Annual statistical returns and brief notes on vaccination in Bengal - 1887-1898
Year: 1887
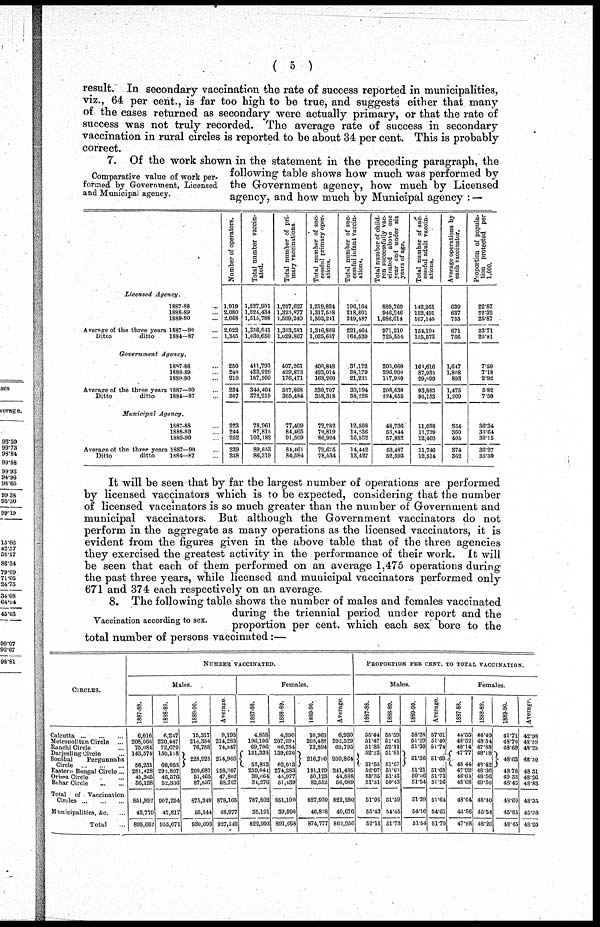
( 5 )
result. In secondary vaccination the rate of success reported in municipalities,
viz., 64 per cent., is far too high to be true, and suggests either that many
of the cases returned as secondary were actually primary, or that the rate of
success was not truly recorded. The average rate of success in secondary
vaccination in rural circles is reported to be about 34 per cent. This is probably
correct.
Comparative value of work per-
formed by Government, Licensed
and Municipal agency.
7. Of the work shown in the statement in the preceding paragraph, the
following table shows how much was performed by
the Government agency, how much by Licensed
agency, and how much by Municipal agency : —
Licensed
Agency.
1887-88 ...
1888-89 ...
1889-90 ...
Average of the three years 1887—90 ...
Ditto
ditto
1884—87 ...
Government
Agency.
1887-88 ...
1888-89 ...
1889-90 ...
Average of the three years 1887—90 ...
Ditto
ditto
1884—87
...
Municipal
Agency.
1887-88 ...
1888-89 ...
1889-90
Average of the three years 1887—90 ...
Ditto
ditto
1884—87 ...
Number of operators.
1,919
2,080
2,068
2,022
1,345
250
240
210
284
307
223
244
252
239
238
Total number vaccin-
ated.
1,227,901
1,324,434
1,515,788
1,356,041
1,030,650
411,793
433,920
187,500
344,404
372,219
78,961
87,815
102,182
89,653
86,319
Total number of pri-
mary vaccinations.
1,227,627
1,323,877
1,509,240
1,353,581
1,029,867
407,261
429,873
176,471
337,868
365,494
77,409
84,465
91,509
84,461
84,584
Total number of suc-
cessful primary oper-
ations.
1,219,824
1,317,538
1,503,241
1,346,868
1,025,657
400,848
423,014
168,260
330,707
358,318
72,282
79,819
86,924
79,675
78,534
Total number of suc-
cessful infant vaccin-
ation)*.
196,104
218,801
249,487
221,464
164,530
31,172
38,179
21,231
30,194
38,226
12,508
14,236
16,582
14,442
13,427
Total number of child-
ren successfully vac-
cinated above one
year and under six
years of age.
880,769
946,246
1,086,614
971,210
725,554
205,060
296,900
117,930
206,630
224,655
48,736
53,844
57,882
53,487
52,593
Total number of suc-
cessful adult vaccin-
ations.
142,951
152,491
167,140
154,194
135,573
164,616
87,935
29,099
93,883
95,153
11,038
11,739
12,460
11,746
12,514
Average operations by
each vaccinator.
639
637
733
671
766
1,647
1,808
893
1,475
1,209
354
360
405
374
362
Proportion of popula¬
tion protected per
1,000.
22.87
22.32
25.87
23.71
20.81
7.50
7.18
2.92
5.82
7.50
36.34
33.64
30.15
36.27
33.30
It will be seen that by far the largest number of operations are performed
by licensed vaccinators which is to be expected, considering that the number
of licensed vaccinators is so much greater than the number of Government and
municipal vaccinators. But although the Government vaccinators do not
perform in the aggregate as many operations as the licensed vaccinators, it is
evident from the figures given in the above table that of the three agencies
they exercised the greatest activity in the performance of their work. It will
be seen that each of them performed on an average 1,475 operations during
the past three years, while licensed and municipal vaccinators performed only
671 and 374 each respectively on an average.
Vaccination according to sex.
8. The following table shows the number of males and females vaccinated
during the triennial period under report and the
proportion per cent. which each sex bore to the
total number of persons vaccinated:—
CIRCLES.
Calcutta
...
...
...
Metropolitan Circle ...
Ranchi Circle ...
Darjeeling Circle ...
Sonthal
Pergunnahs
Circle
...
...
...
Eastern Bengal Circle...
Orissa Circle ... ...
Behar Circle
...
...
Total
of Vaccination
Circles
Municipalities, &c.
Total
NUMBER VACCINATED.
Males.
1887-88.
6,016
208,066
75,084
143,574
56,231
281,428
45,365
36,128
851,892
43,770
895,662
1838-89.
6,247
220,447
72,670
150,118
66,053
292,807
46,576
52,336
907,254
47,817
955,071
1889-90.
15,317
214,334
76,788
228,921
200,687
51,465
87,837
875,349
55,344
930,693
Average.
9,193
214,283
74,847
214,966
258,307
47,802
58,767
878,165
48,977
927,142
Females.
1887-38.
4,838
196,106
69,706
131,338
52,833
259,041
39,664
34,276
787,802
35,191
822,993
1888-89.
4,990
207,994
66,784
139,620
62,013
274,283
43,977
51,439
851,100
39,998
891,098
1889-90.
10,963
203,488
72,894
216,790
191,129
50,123
82,552
827,939
46,838
874,777
Average.
6,930
202,529
69,795
200,864
241,485
44,588
56,089
822,280
40,676
862,956
PROPORTION PER CENT. TO TOTAL VACCINATION.
Males.
1887-88.
55.44
51.47
51.85
52.22
51.55
52.07
53.35
51.31
51.95
55.43
52.11
1888-89.
65.59
51.45
52.11
51.81
51.57
51.63
51.43
50.43
51.59
5.45
51.73
1889-90.
58.28
51.29
51.30
51.36
51.21
50.66
51.54
51.39
54.16
51.54
Average.
57.01
51.40
51.74
51.69
51.68
51.73
51.16
51.64
54.61
51.79
Females.
1887-88.
44.55
48.52
48.14
47.77
48.44
47.92
46.61
48.68
48.04
44.56
47.88
1888-89.
44.40
48.54
47.88
48.18
43.42
48.36
48.56
49.56
48.40
45.54
48.26
1889-90.
Average.
41.71
48.70
48.69
48.63
48.78
49.33
48.45
48.60
45.85
48.45
42.98
48.59
48.25
48.30
48.31
48.26
48.83
48.35
45.38
48.20